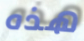
هذه